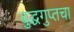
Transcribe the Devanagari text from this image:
बुद्धगुप्तचा